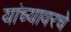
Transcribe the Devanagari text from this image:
यांच्यावरचे